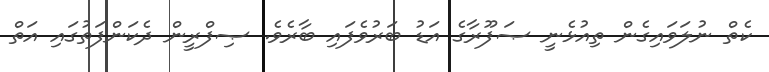
ކެތް ނުލަވައިގެން ތިއުޅެނީ ޞަފޫރާގެ އަޑު ބަރުވެފައި ބާރެވެ. ޞިފްރީން ދެކަންފަތުގައި އަތް